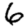
Digit: 6